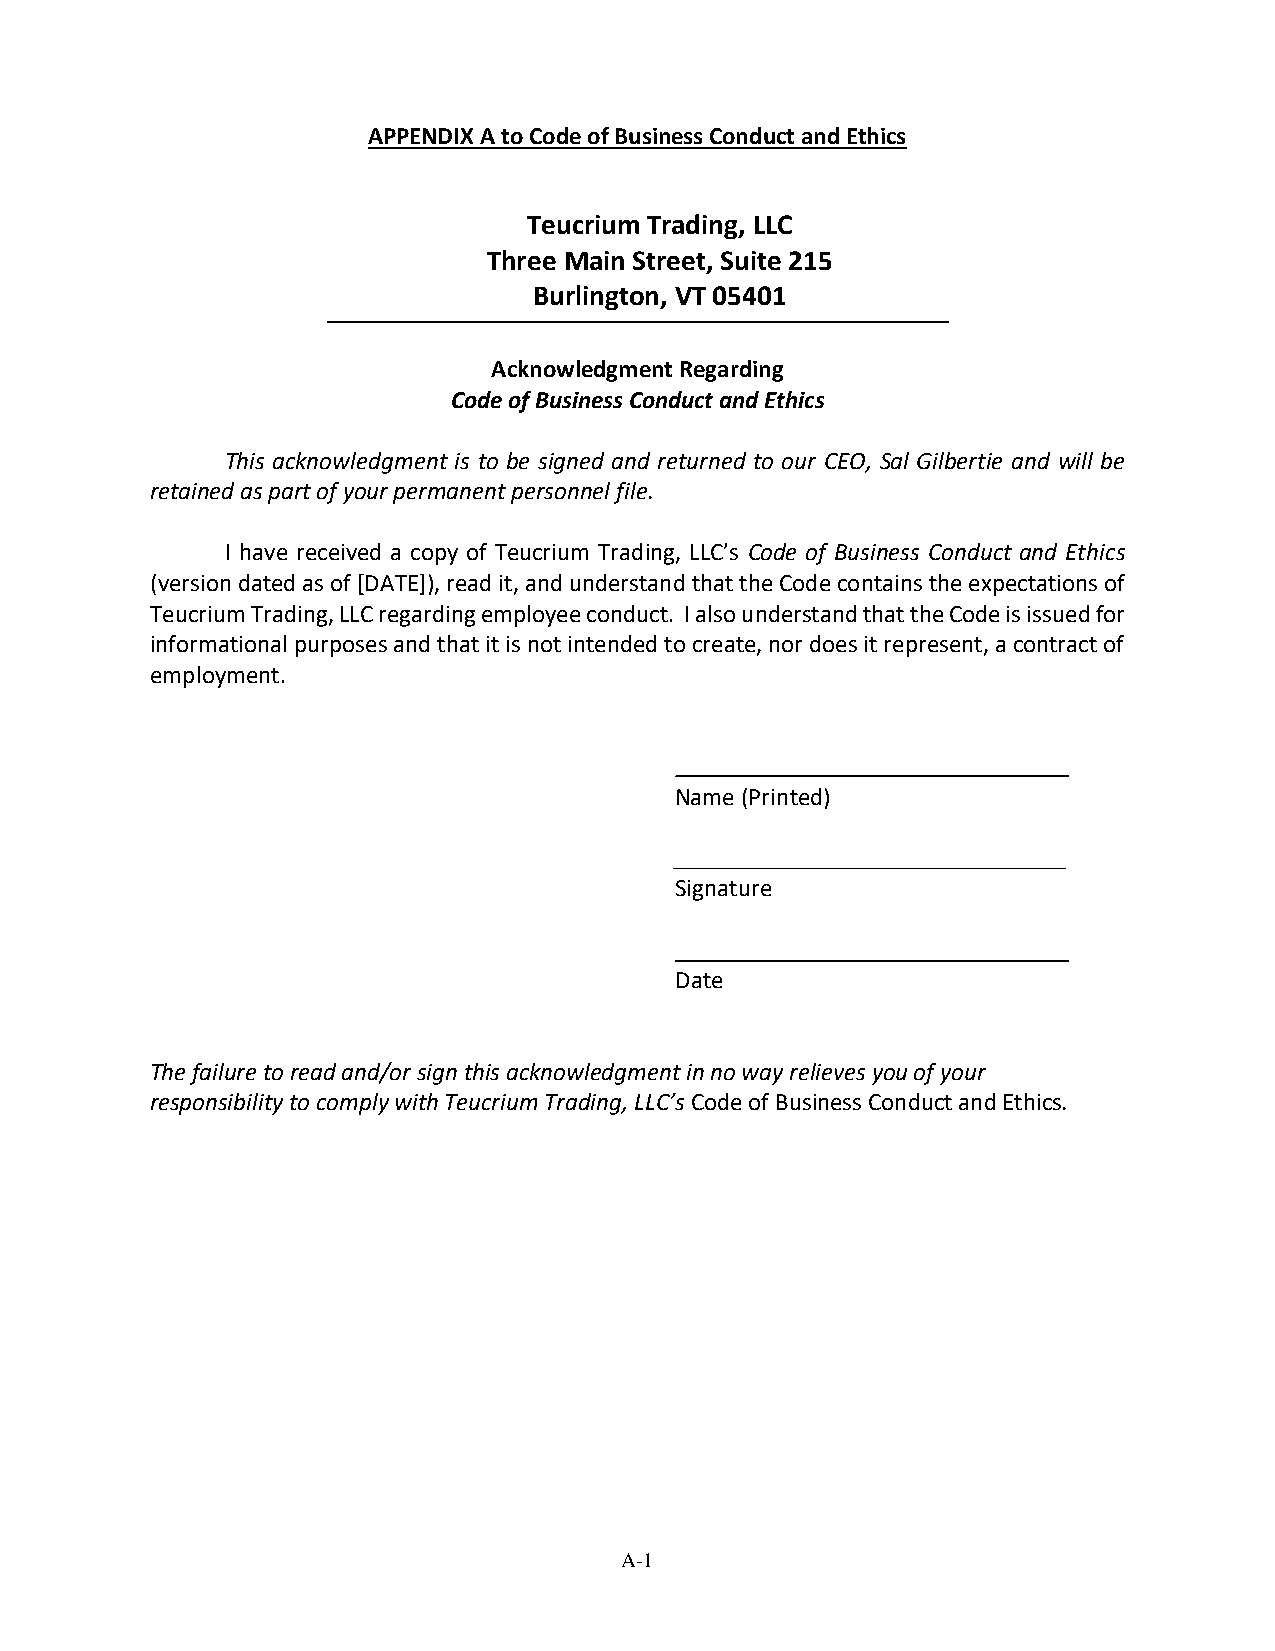
APPENDIX A to Code of Business Conduct and Ethics
 Teucrium Trading, LLC
 Three Main Street, Suite 215
 Burlington, VT 05401
 Acknowledgment Regarding
 Code of Business Conduct and Ethics
 This acknowledgment is to be signed and returned to our CEO, Sal Gilbertie and will be
 retained as part of your permanent personnel file.
 I have received a copy of Teucrium Trading, LLC’s Code of Business Conduct and Ethics
 (version dated as of [DATE]), read it, and understand that the Code contains the expectations of
 Teucrium Trading, LLC regarding employee conduct. I also understand that the Code is issued for
 informational purposes and that it is not intended to create, nor does it represent, a contract of
 employment.
 Name (Printed)
 Signature
 Date
 The failure to read and/or sign this acknowledgment in no way relieves you of your
 responsibility to comply with Teucrium Trading, LLC’s Code of Business Conduct and Ethics.
 A-1